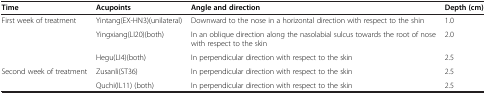
<table><thead><tr><td><b>Time</b></td><td><b>Acupoints</b></td><td><b>Angle and direction</b></td><td><b>Depth (cm)</b></td></tr></thead><tbody><tr><td>First week of treatment</td><td>Yintang(EX-HN3)(unilateral)</td><td>Downward to the nose in a horizontal direction with respect to the shin</td><td>1.0</td></tr><tr><td> </td><td>Yingxiang(LI20)(both)</td><td>In an oblique direction along the nasolabial sulcus towards the root of nose with respect to the skin</td><td>2.0</td></tr><tr><td> </td><td>Hegu(LI4)(both)</td><td>In perpendicular direction with respect to the skin</td><td>2.5</td></tr><tr><td>Second week of treatment</td><td>Zusanli(ST36)</td><td>In perpendicular direction with respect to the skin</td><td>2.5</td></tr><tr><td> </td><td>Quchi(IL11) (both)</td><td>In perpendicular direction with respect to the skin</td><td>2.5</td></tr></tbody></table>